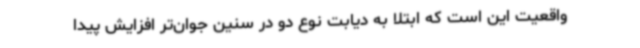
واقعیت این است که ابتلا به دیابت نوع دو در سنین جوان‌تر افزایش پیدا